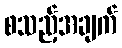
စသည့်အချက်